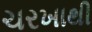
ચરખાથી